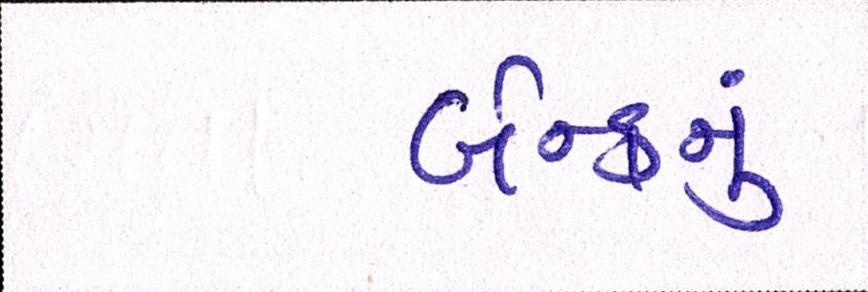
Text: બેન્કનું